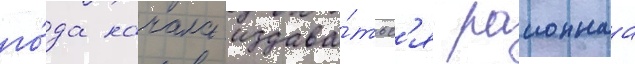
го́да начала издава́тьс'я раионнаа